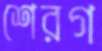
শেরগ